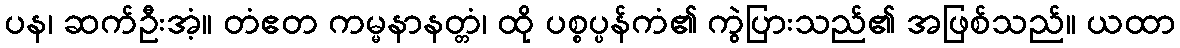
ပန၊ ဆက်ဦးအံ့။ တံဧတ ကမ္မနာနတ္တံ၊ ထို ပစ္စပ္ပန်ကံ၏ ကွဲပြားသည်၏ အဖြစ်သည်။ ယထာ